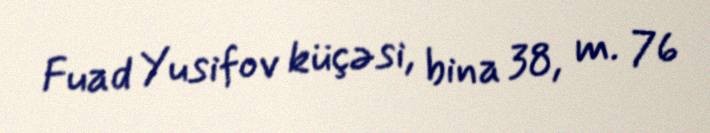
Fuad Yusifov küçəsi, bina 38, m. 76